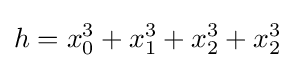
h=x_{0}^{3}+x_{1}^{3}+x_{2}^{3}+x_{2}^{3}